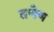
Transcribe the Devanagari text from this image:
तणेण